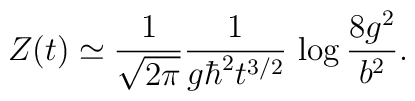
Z(t) \simeq {1\over \sqrt{2 \pi}}{1\over g \hbar^2 t^{3/2}}\,  \log{8 g^2 \over b^2}.